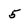
Character: 5